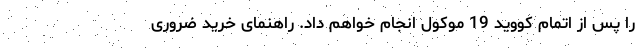
را پس از اتمام کووید 19 موکول انجام خواهم داد. راهنمای خرید ضروری